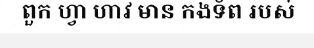
ពួក ហ្វា ហាវ មាន កងទ័ព របស់